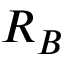
R _ { B }